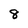
Character: 8